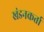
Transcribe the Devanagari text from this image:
खंडनकर्ता